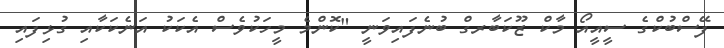
ފޭސްބުކްގެ ސީއީއޯ މާކް ޒޫކަބާރގް ބުނެފައިވަނީ "ކޮންމެ މީހަކުވެސް އެކަކު އަނެކަކާއި ގުޅިފައި